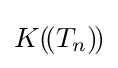
K(\!(T_{n})\!)